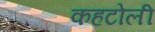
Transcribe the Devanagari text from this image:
कहटोली